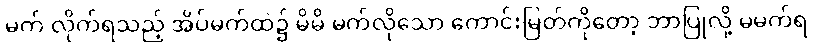
မက် လိုက်ရသည့် အိပ်မက်ထဲ၌ မိမိ မက်လိုသော ကောင်းမြတ်ကိုတော့ ဘာပြုလို့ မမက်ရ